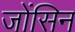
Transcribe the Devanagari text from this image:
जोंसिन